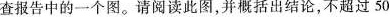
查报告中的一个图。请阅读此图，并概括出结论，不超过50